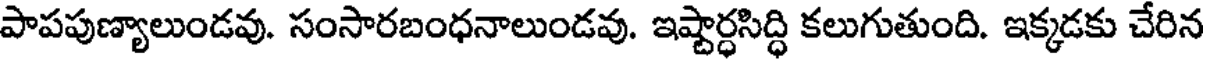
పాపపుణ్యాలుండవు. సంసారబంధనాలుండవు. ఇష్టార్ధసిద్ధి కలుగుతుంది. ఇక్కడకు చేరిన